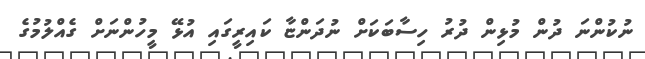
ނުކުންނަ ދުން މުޅިން ދުރު ހިސާބަކަށް ނުދަންޏާ ކައިރީގައި އުޅޭ މީހުންނަށް ގެއްލުމުގެ